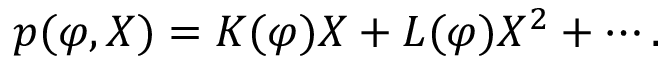
p ( \varphi , X ) = K ( \varphi ) X + L ( \varphi ) X ^ { 2 } + \cdots .